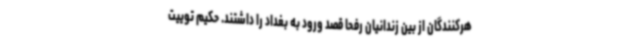
هرکنندگان از بین زندانیان رفحا قصد ورود به بغداد را داشتند. حکیم توییت